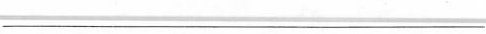
___